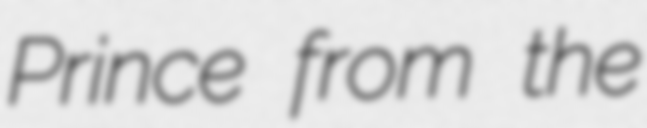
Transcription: Prince from the